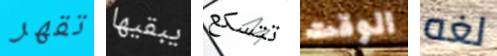
تقهر يبقيها تتسكع الوقت لغه